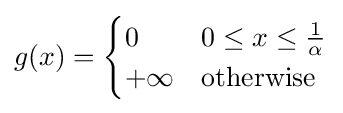
g(x)={\begin{cases}0&0\leq x\leq {\frac {1}{\alpha }}\\+\infty &{\text{otherwise}}\end{cases}}